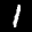
Label: 1